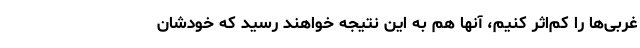
غربی‌ها را کم‌اثر کنیم، آنها هم به این نتیجه خواهند رسید که خودشان